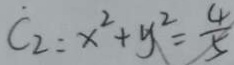
C _ { 2 } : x ^ { 2 } + y ^ { 2 } = \frac { 4 } { 5 }